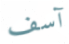
آسف